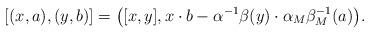
LaTeX: \begin{gather*} [ (x, a), (y, b) ]=\big( [ x, y ], x\cdot b-\alpha^{-1}\beta (y)\cdot\alpha _M\beta _M^{-1}(a)\big).\end{gather*}